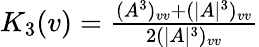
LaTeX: \begin{array}{r}{K_{3}(v)=\frac{(A^{3})_{vv}+(|A|^{3})_{vv}}{2(|A|^{3})_{vv}}}\end{array}